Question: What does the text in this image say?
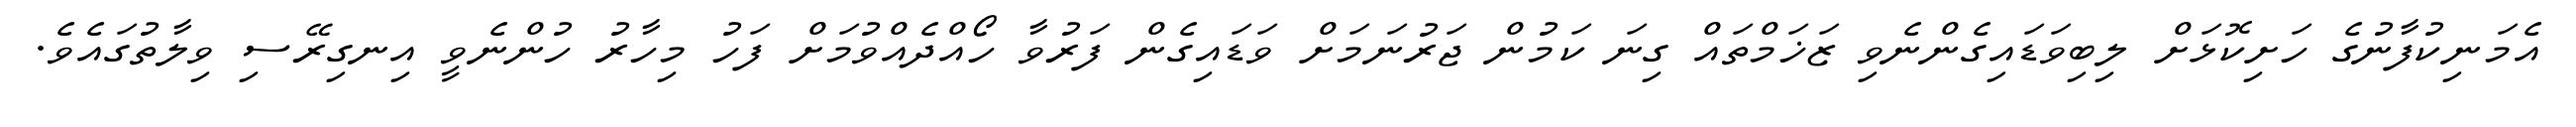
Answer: އެމަނިކުފާނުގެ ހަށިކޮޅަށް ލިބިވަޑައިގެންނެވި ޒަޚަމްތައް ގިނަ ކަމުން ޖަރުނަމަށް ވަޑައިގެން ފަރުވާ ހޯއްދެއްވުމަށް ފަހު މިހާރު ހުންނެވީ އިނގިރޭސި ވިލާތުގައެވެ.